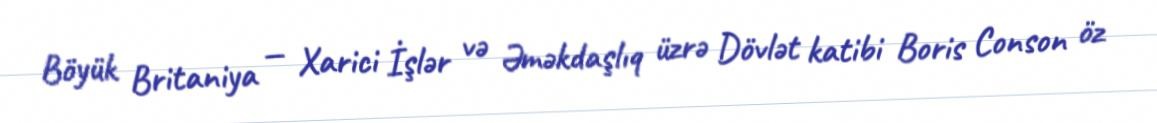
Böyük Britaniya — Xarici İşlər və Əməkdaşlıq üzrə Dövlət katibi Boris Conson öz